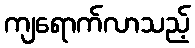
ကျရောက်လာသည့်